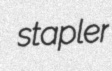
stapler